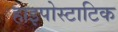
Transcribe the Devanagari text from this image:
हाइपोस्टाटिक